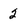
Character: 2